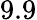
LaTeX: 9.9